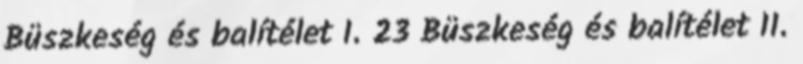
Büszkeség és balítélet I. 23 Büszkeség és balítélet II.